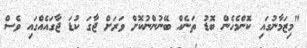
"މިޒަމާނުގައި ކޮންމެހެން ބޮޑު ތަނެއް ބޭނުންނުކޮށް ވަރަށް ޖާގަ ކުޑަ ޖާގައެއްގައި ވެސް